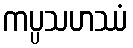
ကပ္ပသဟဿံ